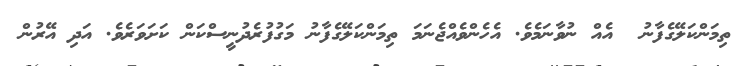
ތިމަންކަލޭގެފާނު  އެއް ނުވާނަމެވެ. އެހެންވެއްޖެނަމަ ތިމަންކަލޭގެފާނު މަގުފުރެދުނީސްކަން ކަށަވަރެވެ. އަދި އޭރުން